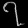
Digit: ၇